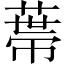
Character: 𦷾